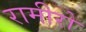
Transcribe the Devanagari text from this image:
रामीरो